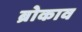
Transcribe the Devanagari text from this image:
ब्रोकाव